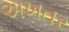
અખતર